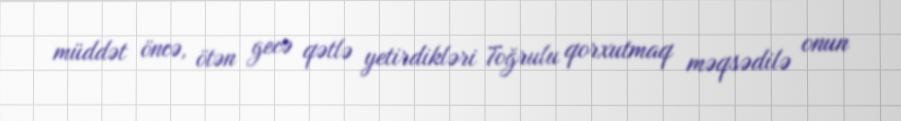
müddət öncə, ötən gecə qətlə yetirdikləri Toğrulu qorxutmaq məqsədilə onun